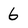
Character: 6